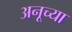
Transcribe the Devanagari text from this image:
अनूच्या